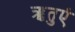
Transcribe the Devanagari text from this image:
ॠतुएं